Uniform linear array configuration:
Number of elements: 32
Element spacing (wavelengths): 0.25
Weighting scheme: hamming
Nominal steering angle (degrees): -15
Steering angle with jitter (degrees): -16.039
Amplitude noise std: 0.05
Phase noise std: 0.05

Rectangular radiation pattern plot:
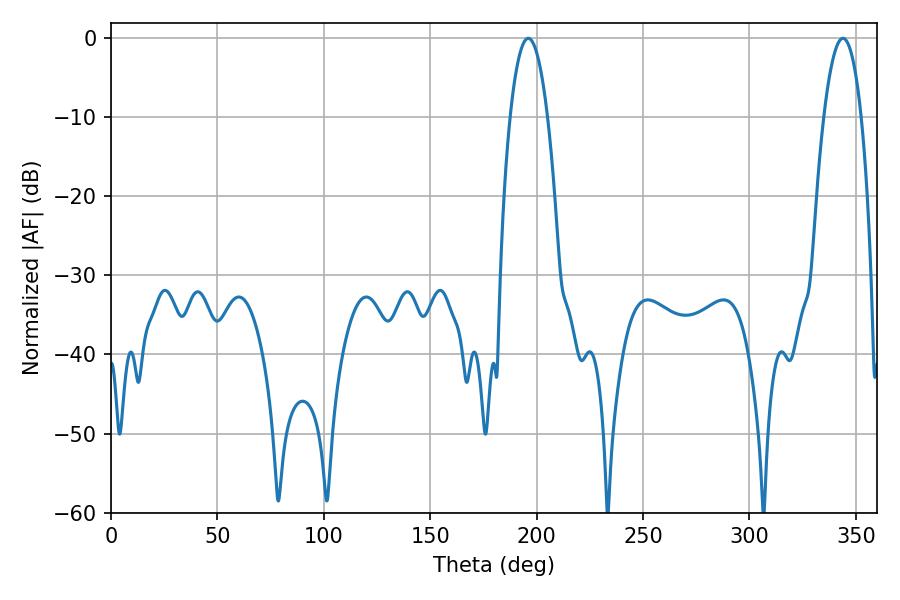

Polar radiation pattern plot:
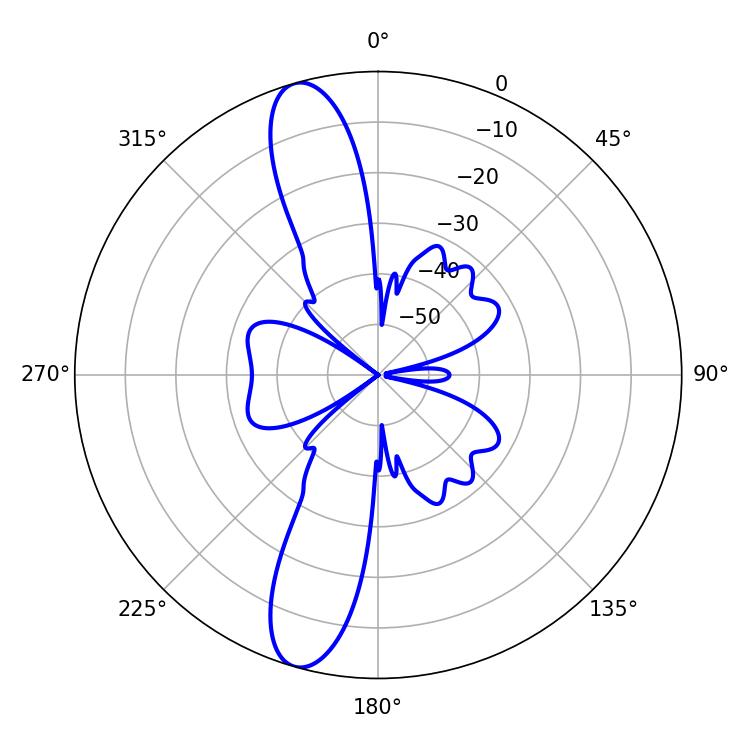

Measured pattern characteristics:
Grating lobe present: FALSE
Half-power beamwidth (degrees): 9.72
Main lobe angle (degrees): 196.02